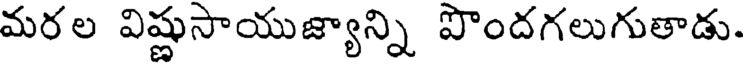
మరల విష్ణుసాయుజ్యాన్ని పొందగలుగుతాడు.